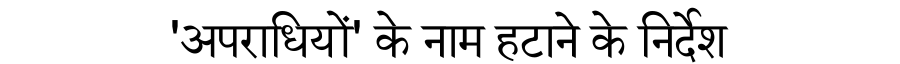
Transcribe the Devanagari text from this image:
'अपराधियों' के नाम हटाने के निर्देश